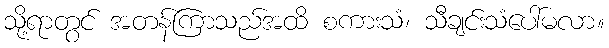
သို့ရာတွင် အတန်ကြာသည်အထိ စကားသံ၊ သီချင်းသံပေါ်မလာ။